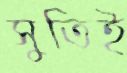
সুতিই